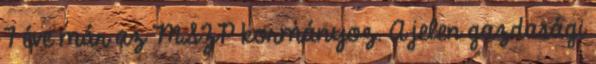
7 éve már az MSZP kormányoz. A jelen gazdasági